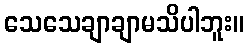
သေသေချာချာမသိပါဘူး။